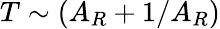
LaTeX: T\sim(A_{R}+1/A_{R})